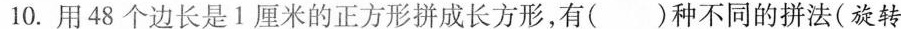
10.用48个边长是1厘米的正方形拼成长方形，有()种不同的拼法(旋转